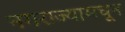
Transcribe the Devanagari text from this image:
नगराज्यामधून